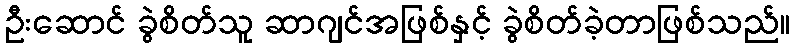
ဦးဆောင် ခွဲစိတ်သူ ဆာဂျင်အဖြစ်နှင့် ခွဲစိတ်ခဲ့တာဖြစ်သည်။